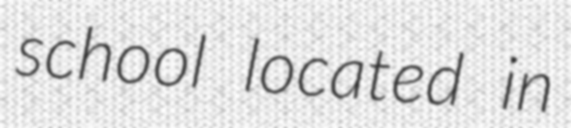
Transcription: school located in